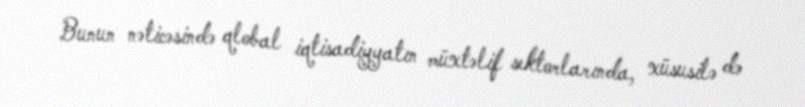
Bunun nəticəsində qlobal iqtisadiyyatın müxtəlif sektorlarında, xüsusilə də